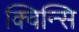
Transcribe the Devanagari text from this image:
क्विन्सि